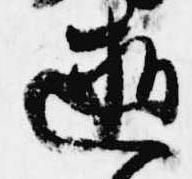
逝